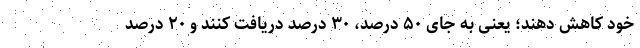
خود کاهش دهند؛ یعنی به جای ۵۰ درصد، ۳۰ درصد دریافت کنند و ۲۰ درصد